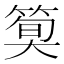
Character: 𫂎